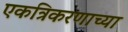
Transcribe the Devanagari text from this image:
एकत्रिकरणाच्या